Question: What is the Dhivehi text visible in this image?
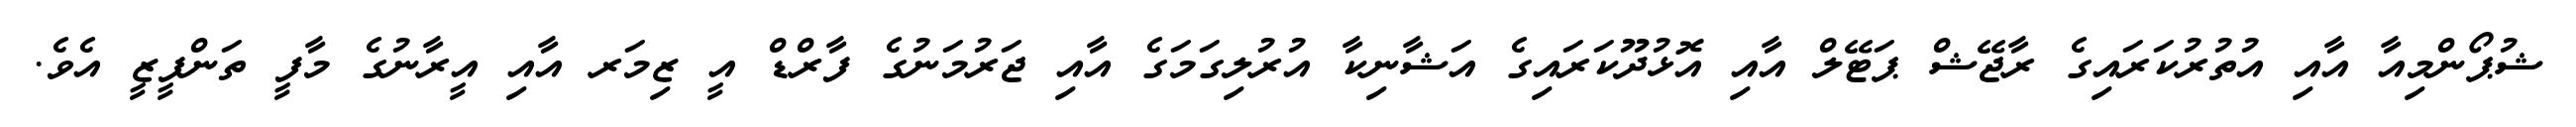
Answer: ޝުޕޯންމިއާ އާއި އުތުރުކަރައިގެ ރާޖޭޝް ޕަޓޭލް އާއި އޮޅުދޫކަރައިގެ އަޝާނިކާ އުރުލިގަމަގެ އާއި ޖަރުމަނުގެ ފާރްޑް އީ ޒިމަރ އާއި އީރާނުގެ މާފީ ތަންފީޒީ އެވެ.